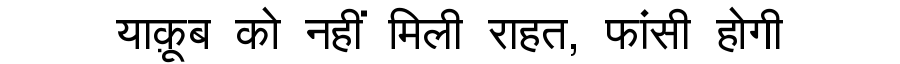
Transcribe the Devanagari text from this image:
याक़ूब को नहीं मिली राहत, फांसी होगी